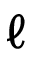
\ell